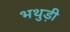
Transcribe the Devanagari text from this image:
भथुड़ी